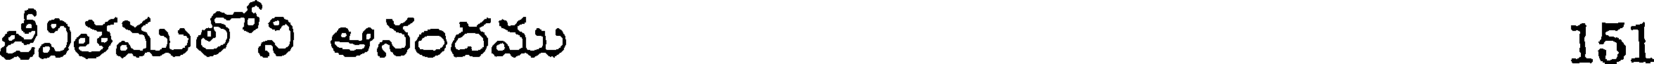
జీవితములోని ఆనందము 151